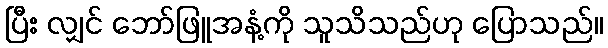
ပြီး လျှင် ဘော်ဖြူအနံ့ကို သူသိသည်ဟု ပြောသည်။